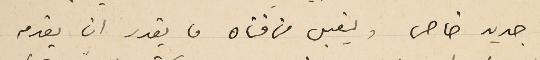
جديد خاص وليقبل من فتاه ما يقدر ان يقدمه